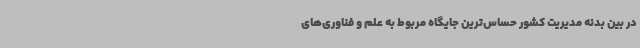
در بین بدنه مدیریت کشور حساس‌ترین جایگاه مربوط به علم و فناوری‌های